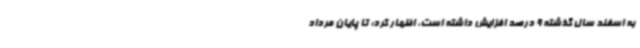
به اسفند سال گذشته 9 درصد افزایش داشته است، اظهار کرد: تا پایان مرداد